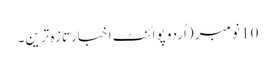
10 نومبر (اُردو پوائنٹ اخبارتازہ ترین۔